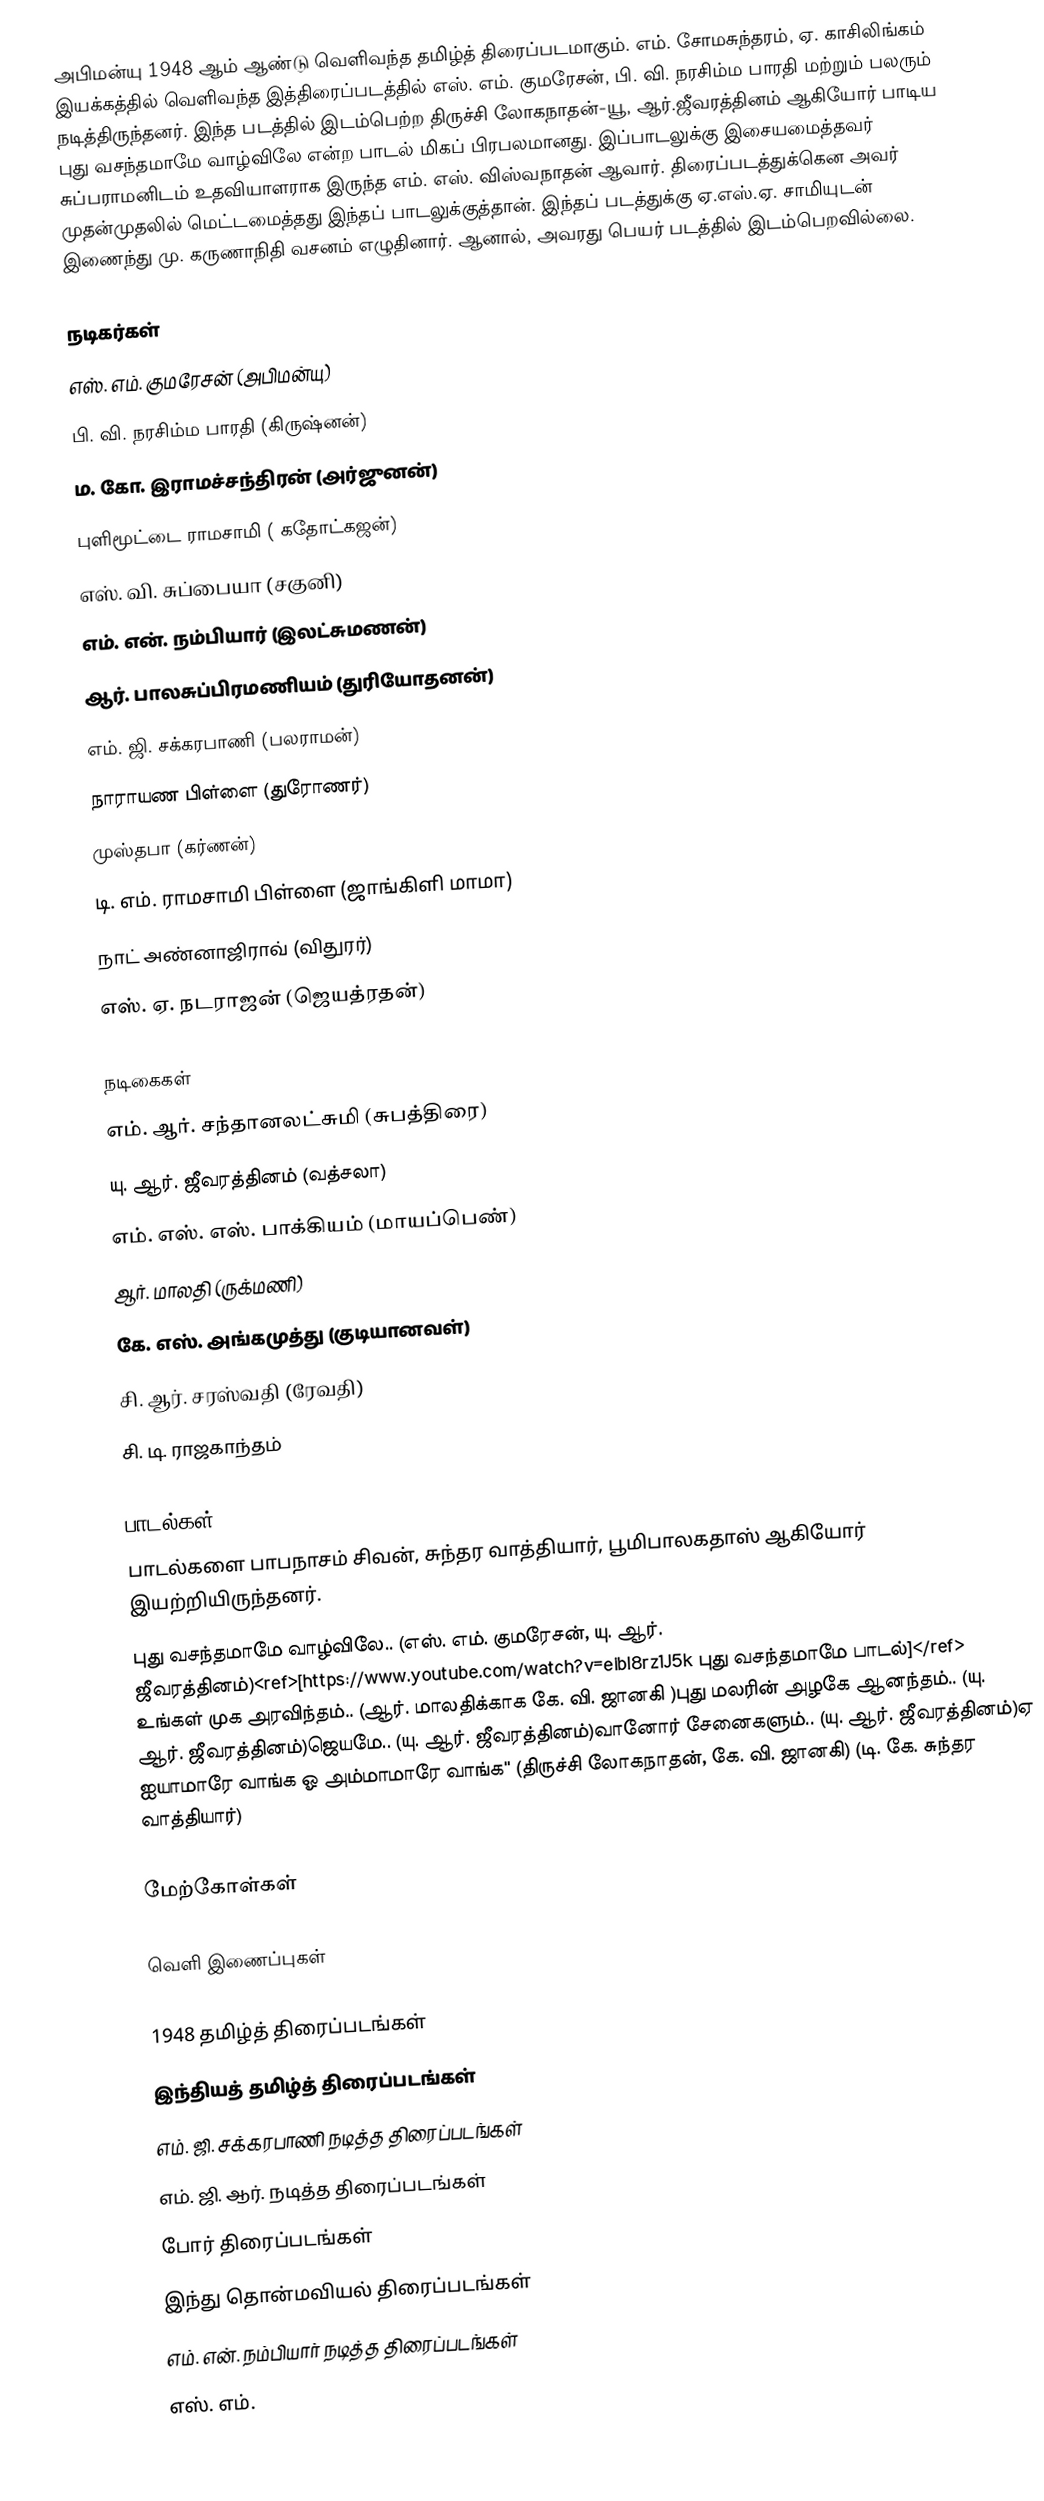
அபிமன்யு 1948 ஆம் ஆண்டு வெளிவந்த தமிழ்த் திரைப்படமாகும். எம். சோமசுந்தரம், ஏ. காசிலிங்கம் இயக்கத்தில் வெளிவந்த இத்திரைப்படத்தில் எஸ். எம். குமரேசன், பி. வி. நரசிம்ம பாரதி மற்றும் பலரும் நடித்திருந்தனர். இந்த படத்தில் இடம்பெற்ற திருச்சி லோகநாதன்-யூ, ஆர்.ஜீவரத்தினம் ஆகியோர் பாடிய புது வசந்தமாமே வாழ்விலே என்ற பாடல் மிகப் பிரபலமானது. இப்பாடலுக்கு  இசையமைத்தவர் சுப்பராமனிடம் உதவியாளராக இருந்த எம். எஸ். விஸ்வநாதன் ஆவார். திரைப்படத்துக்கென அவர் முதன்முதலில் மெட்டமைத்தது இந்தப் பாடலுக்குத்தான்.  இந்தப் படத்துக்கு ஏ.எஸ்.ஏ. சாமியுடன் இணைந்து  மு. கருணாநிதி வசனம் எழுதினார். ஆனால், அவரது பெயர் படத்தில் இடம்பெறவில்லை.

நடிகர்கள்
எஸ். எம். குமரேசன் (அபிமன்யு)
பி. வி. நரசிம்ம பாரதி (கிருஷ்னன்)
ம. கோ. இராமச்சந்திரன் (அர்ஜுனன்)
புளிமூட்டை ராமசாமி ( கதோட்கஜன்)
எஸ். வி. சுப்பையா (சகுனி)
எம். என். நம்பியார் (இலட்சுமணன்)
ஆர். பாலசுப்பிரமணியம் (துரியோதனன்)
எம். ஜி. சக்கரபாணி (பலராமன்)
நாராயண பிள்ளை (துரோணர்)
முஸ்தபா (கர்ணன்)
டி. எம். ராமசாமி பிள்ளை (ஜாங்கிளி மாமா)
நாட் அண்னாஜிராவ் (விதுரர்)
எஸ். ஏ. நடராஜன் (ஜெயத்ரதன்)

நடிகைகள்
எம். ஆர். சந்தானலட்சுமி (சுபத்திரை)
யு. ஆர். ஜீவரத்தினம் (வத்சலா)
எம். எஸ். எஸ். பாக்கியம் (மாயப்பெண்)
ஆர். மாலதி (ருக்மணி)
கே. எஸ். அங்கமுத்து (குடியானவள்)
சி. ஆர். சரஸ்வதி (ரேவதி)
சி. டி. ராஜகாந்தம்

பாடல்கள்
பாடல்களை பாபநாசம் சிவன், சுந்தர வாத்தியார், பூமிபாலகதாஸ் ஆகியோர் இயற்றியிருந்தனர்.
புது வசந்தமாமே வாழ்விலே.. (எஸ். எம். குமரேசன், யு. ஆர். ஜீவரத்தினம்)<ref>[https://www.youtube.com/watch?v=eibI8rz1J5k புது வசந்தமாமே பாடல்]</ref> உங்கள் முக அரவிந்தம்.. (ஆர். மாலதிக்காக கே. வி. ஜானகி )புது மலரின் அழகே ஆனந்தம்.. (யு. ஆர். ஜீவரத்தினம்)ஜெயமே.. (யு. ஆர். ஜீவரத்தினம்)வானோர் சேனைகளும்.. (யு. ஆர். ஜீவரத்தினம்)ஏ ஐயாமாரே வாங்க ஓ அம்மாமாரே வாங்க'' (திருச்சி லோகநாதன், கே. வி. ஜானகி) (டி. கே. சுந்தர வாத்தியார்)

மேற்கோள்கள்

வெளி இணைப்புகள்

1948 தமிழ்த் திரைப்படங்கள்
இந்தியத் தமிழ்த் திரைப்படங்கள்
எம். ஜி. சக்கரபாணி நடித்த திரைப்படங்கள்
எம். ஜி. ஆர். நடித்த திரைப்படங்கள்
போர் திரைப்படங்கள்
இந்து தொன்மவியல் திரைப்படங்கள்
எம். என். நம்பியார் நடித்த திரைப்படங்கள்
எஸ். எம்.